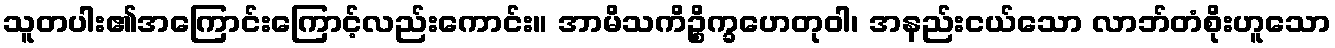
သူတပါး၏အကြောင်းကြောင့်လည်းကောင်း။ အာမိသကိဉ္စိက္ခဟေတုဝါ၊ အနည်းငယ်သော လာဘ်တံစိုးဟူသော